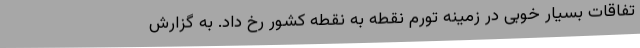
تفاقات بسیار خوبی در زمینه تورم نقطه به نقطه کشور رخ داد. به گزارش